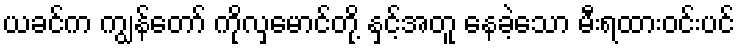
ယခင်က ကျွန်တော် ကိုလှမောင်တို့ နှင့်အတူ နေခဲ့သော မီးရထားဝင်းပင်